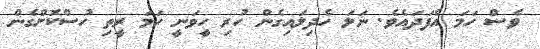
ވެސް ހަމަ އެފަދައެވެ. ނަލަ ހެދިލައިގެން ހުރި ހީވަނީ ހަމަ ރީތި ހުސްކޮށްގެން